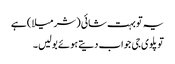
یہ تو بہت شائی ( شرمیلا ) ہے
تو پلوی جی جواب دیتے ہوئے بولیں ۔